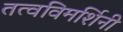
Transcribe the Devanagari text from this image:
तत्वविमर्शिनी